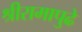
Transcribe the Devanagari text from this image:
श्रीरामापुढे